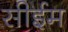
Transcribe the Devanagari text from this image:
सीईम